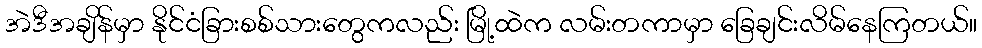
အဲဒီအချိန်မှာ နိုင်ငံခြားစစ်သားတွေကလည်း မြို့ထဲက လမ်းတကာမှာ ခြေချင်းလိမ်နေကြတယ်။